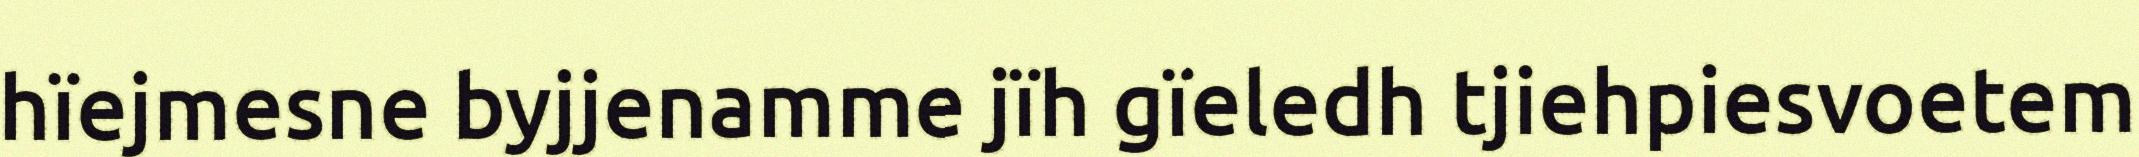
hïejmesne byjjenamme jïh gïeledh tjiehpiesvoetem